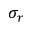
\sigma _ { r }